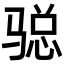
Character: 𩨂